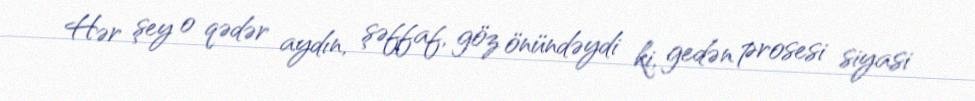
Hər şey o qədər aydın, şəffaf, göz önündəydi ki, gedən prosesi siyasi